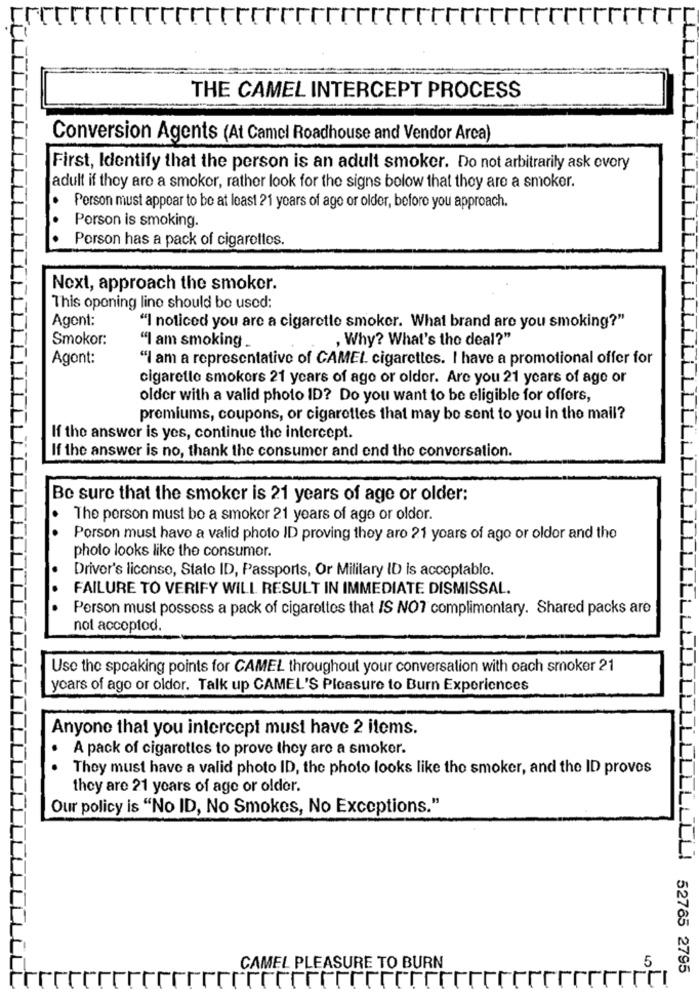
THE CAMEL INTERCEPT PROCESS
Conversion Agents (At Camel Roadhouse and Vendor Arca)
First, Identify that the person is an adult smoker. Do not arbitrarily ask evory
adult if they are a smoker, rather look for the signs below that they are a smoker.
Person must appear to be at least 21 years of age or older, before you approach.
Porson is smoking.
Porson has a pack of cigarollos.
Next, approach the smoker.
This opening line should be used:
Agent:
"I noticed you are a cigarette smoker. What brand are you smoking?"
Smokor:
, Why? What's the deal?"
"I am smoking_
Agent:
"I am a representative of CAMEL cigarettes. I have a promotional offer for
cigarette smokers 21 years of age or older. Are you 21 years of age or
older with a valid photo ID? Do you want to be eligible for offers,
premiums, coupons, or cigarettes that may be sent to you in the mail?
If the answer is yes, continue the intercept.
If the answer is no, thank the consumer and end the conversation.
Be sure that the smoker is 21 years of age or older:
. The person must be a smoker 21 years of age or older.
Porson must have a valid photo ID proving they are 21 years of ago or oldor and the
photo looks like the consumer.
Driver's license, Stato ID, Passports, Or Military ID is acceptable.
FAILURE TO VERIFY WILL RESULT IN IMMEDIATE DISMISSAL.
Person must possess a pack of cigarettes that IS NOT complimentary. Shared packs are
not acceptod.
Use the speaking points for CAMEL throughout your conversation with oach smoker 21
years of ago or oldor. Talk up CAMEL'S Pleasure to Burn Experiences
Anyone that you intercept must have 2 items.
A pack of cigaretles to prove they are a smoker.
They must have a valid photo ID, the photo looks like the smoker, and the ID proves
they are 21 years of age or older.
Our policy is "No ID, No Smokes, No Exceptions."
CAMEL PLEASURE TO BURN
LLLL! 52765 2795